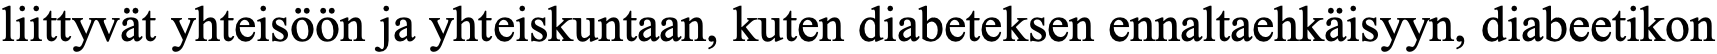
liittyvät yhteisöön ja yhteiskuntaan, kuten diabeteksen ennaltaehkäisyyn, diabeetikon